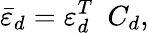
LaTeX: {\bar{\varepsilon}_{d}}=\varepsilon_{d}^{T}\ \ C_{d},